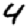
Digit: 4